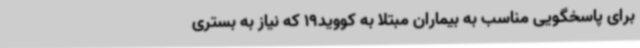
برای پاسخگویی مناسب به بیماران مبتلا به کووید19 که نیاز به بستری